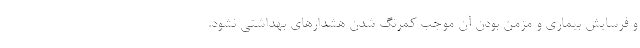
و فرسایش بیماری و مزمن بودن آن موجب کمرنگ شدن هشدارهای بهداشتی نشود.